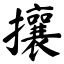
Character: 攘